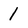
Character: 1